65_HS1-834228961_62-HQ-83894_Section_4
Agency: FBI
Page 6
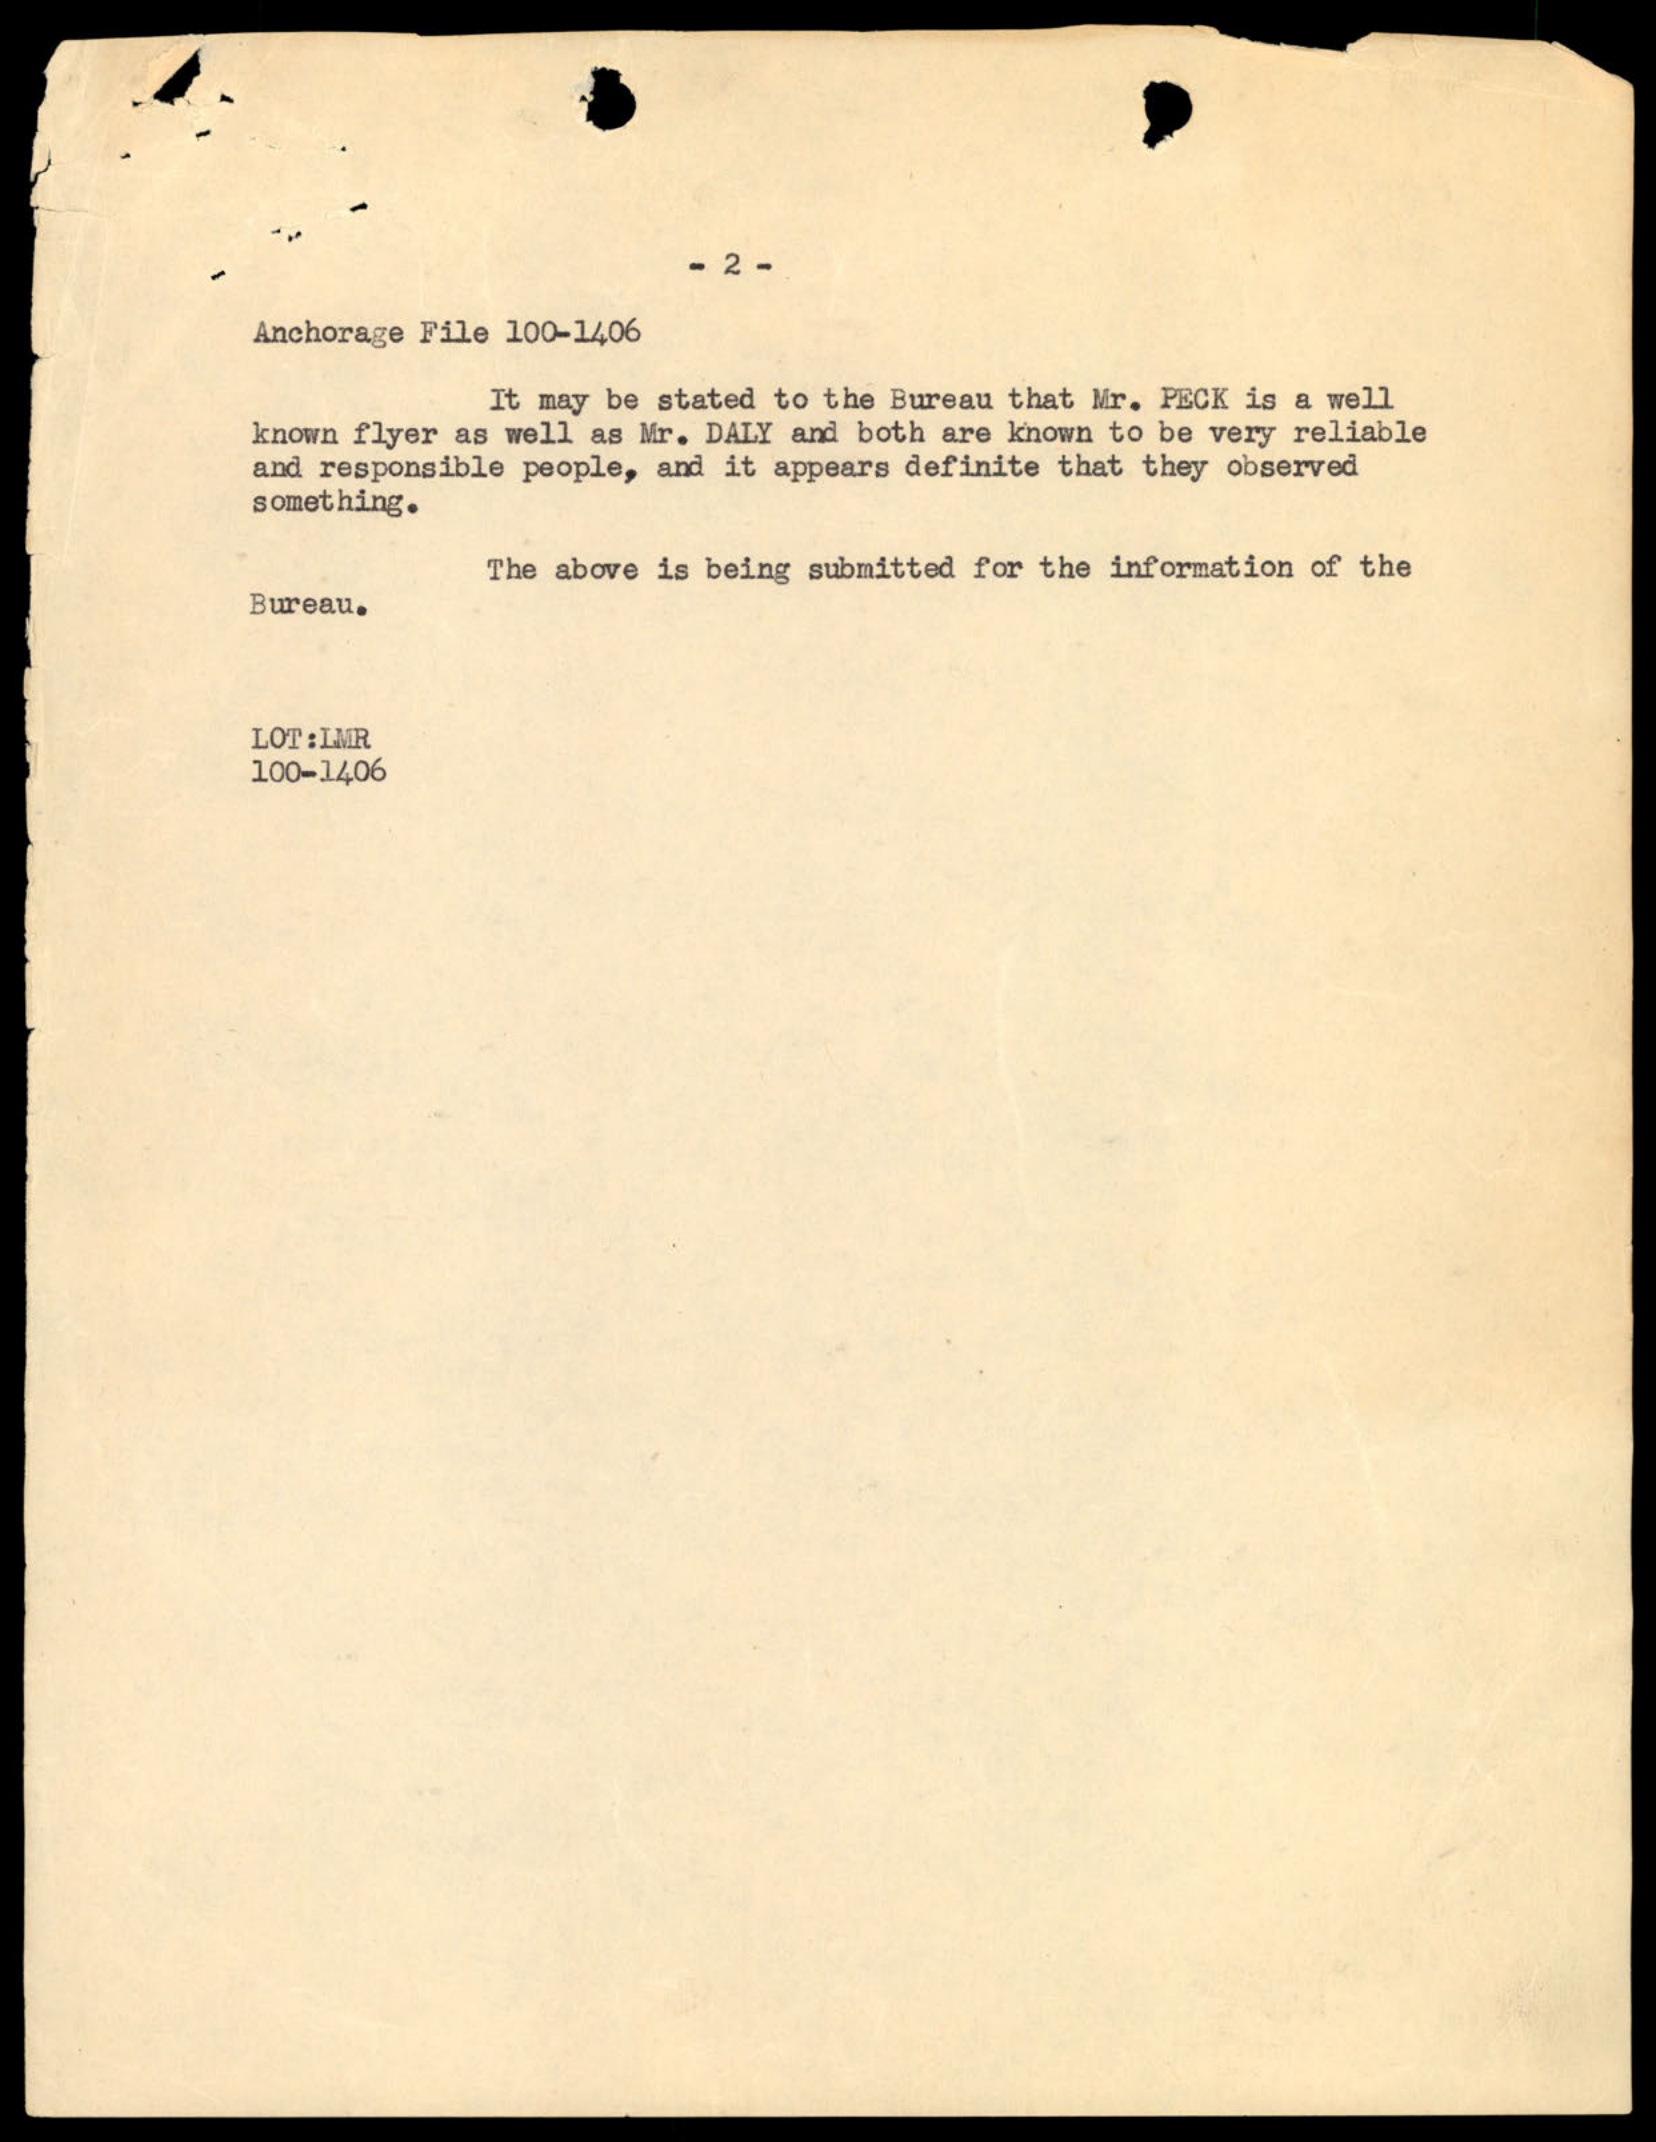